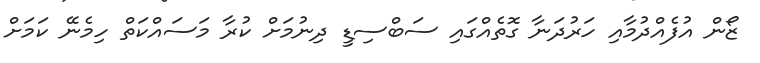
ޒޯން އުފެއްދުމާއި ހަރުދަނާ ގޮތެއްގައި ސަބްސިޑީ ދިނުމަށް ކުރާ މަސައްްކަތް ހިމެނޭ ކަމަށް